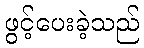
ဖွင့်ပေးခဲ့သည်